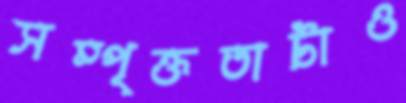
সম্পৃক্ততাটাও